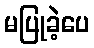
မပြုခဲ့ပေ